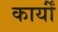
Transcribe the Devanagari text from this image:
कार्योंं